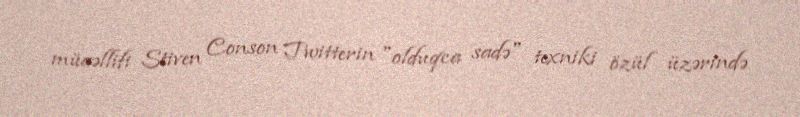
müaəllifi Stiven Conson Twitterin "olduqca sadə" texniki özül üzərində